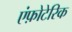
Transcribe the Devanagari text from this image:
एंफ़ोटेरिक